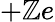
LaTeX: +\mathbb{Z}e